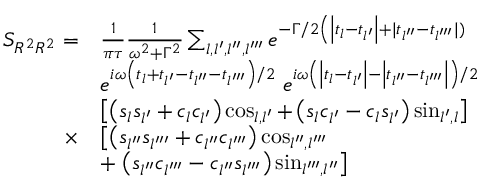
\begin{array} { r l } { S _ { R ^ { 2 } R ^ { 2 } } = } & { \frac { 1 } { \pi \tau } \frac { 1 } { \omega ^ { 2 } + \Gamma ^ { 2 } } \sum _ { l , l ^ { \prime } , l ^ { \prime \prime } , l ^ { \prime \prime \prime } } e ^ { - \Gamma / 2 \left( \left| t _ { l } - t _ { l ^ { \prime } } \right| + \mid t _ { l ^ { \prime \prime } } - t _ { l ^ { \prime \prime \prime } } \mid ) \right. } } \\ & { e ^ { i \omega \left( t _ { l } + t _ { l ^ { \prime } } - t _ { l ^ { \prime \prime } } - t _ { l ^ { \prime \prime \prime } } \right) / 2 } \; e ^ { i \omega \left( \left| t _ { l } - t _ { l ^ { \prime } } \right| - \left| t _ { l ^ { \prime \prime } } - t _ { l ^ { \prime \prime \prime } } \right| \right) / 2 } } \\ & { \left[ \left( s _ { l } s _ { l ^ { \prime } } + c _ { l } c _ { l ^ { \prime } } \right) \cos _ { l , l ^ { \prime } } + \left( s _ { l } c _ { l ^ { \prime } } - c _ { l } s _ { l ^ { \prime } } \right) \sin _ { l ^ { \prime } , l } \right] } \\ { \times } & { \left[ \left( s _ { l ^ { \prime \prime } } s _ { l ^ { \prime \prime \prime } } + c _ { l ^ { \prime \prime } } c _ { l ^ { \prime \prime \prime } } \right) \cos _ { l ^ { \prime \prime } , l ^ { \prime \prime \prime } } \right. } \\ & { + \left. \left( s _ { l ^ { \prime \prime } } c _ { l ^ { \prime \prime \prime } } - c _ { l ^ { \prime \prime } } s _ { l ^ { \prime \prime \prime } } \right) \sin _ { l ^ { \prime \prime \prime } , l ^ { \prime \prime } } \right] } \end{array}